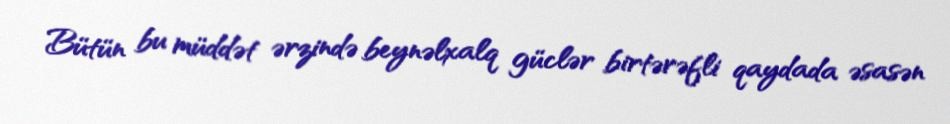
Bütün bu müddət ərzində beynəlxalq güclər birtərəfli qaydada əsasən